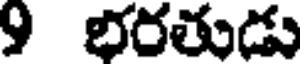
9 భరతుడు